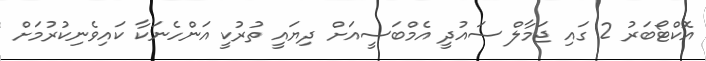
އޮކްޓޯބަރު 2 ގައި ޖަމާލް ސައުދީ އެމްބަސީއަށް ދިޔައީ ތުރުކީ އަންހެނަކާ ކައިވެނިކުރުމަށް